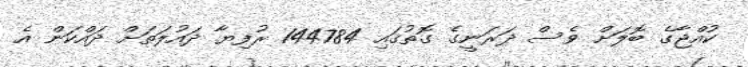
ކުއްޖާގެ ބޮލަށް ވެސް ދަރަނީގެ ގޮތުގައި 144784 ރުފިޔާ ދައުލަތަށް ދައްކަން އެ